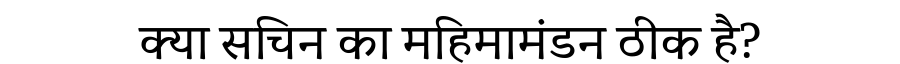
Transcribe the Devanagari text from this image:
क्या सचिन का महिमामंडन ठीक है?